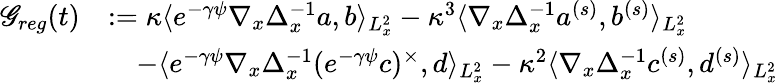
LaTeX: \begin{array}{rl}{\mathscr G_{reg}(t)}&{:=\kappa\langle e^{-\gamma\psi}\nabla_{x}\Delta_{x}^{-1}a,b\rangle_{L_{x}^{2}}-\kappa^{3}\langle\nabla_{x}\Delta_{x}^{-1}a^{(s)},b^{(s)}\rangle_{L_{x}^{2}}}\\ &{\quad-\langle e^{-\gamma\psi}\nabla_{x}\Delta_{x}^{-1}(e^{-\gamma\psi}c)^{\times},d\rangle_{L_{x}^{2}}-\kappa^{2}\langle\nabla_{x}\Delta_{x}^{-1}c^{(s)},d^{(s)}\rangle_{L_{x}^{2}}}\end{array}